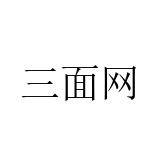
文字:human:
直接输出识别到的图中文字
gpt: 三面网